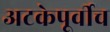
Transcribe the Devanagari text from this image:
अटकेपूर्वीच